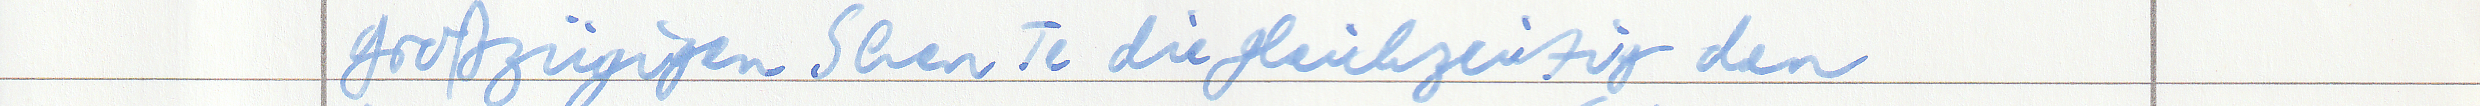
großzügigen Shen Te die gleichzeitig den